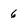
Character: 6